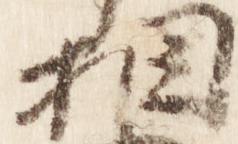
相